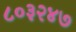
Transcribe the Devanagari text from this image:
८०३२४७